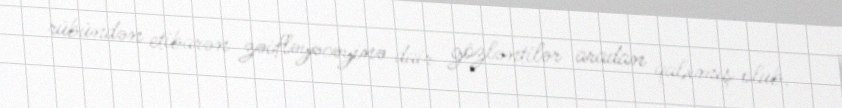
rübündən etibarən zəifləyəcəyinə dair gözləntilər aradan qalxmış olub.